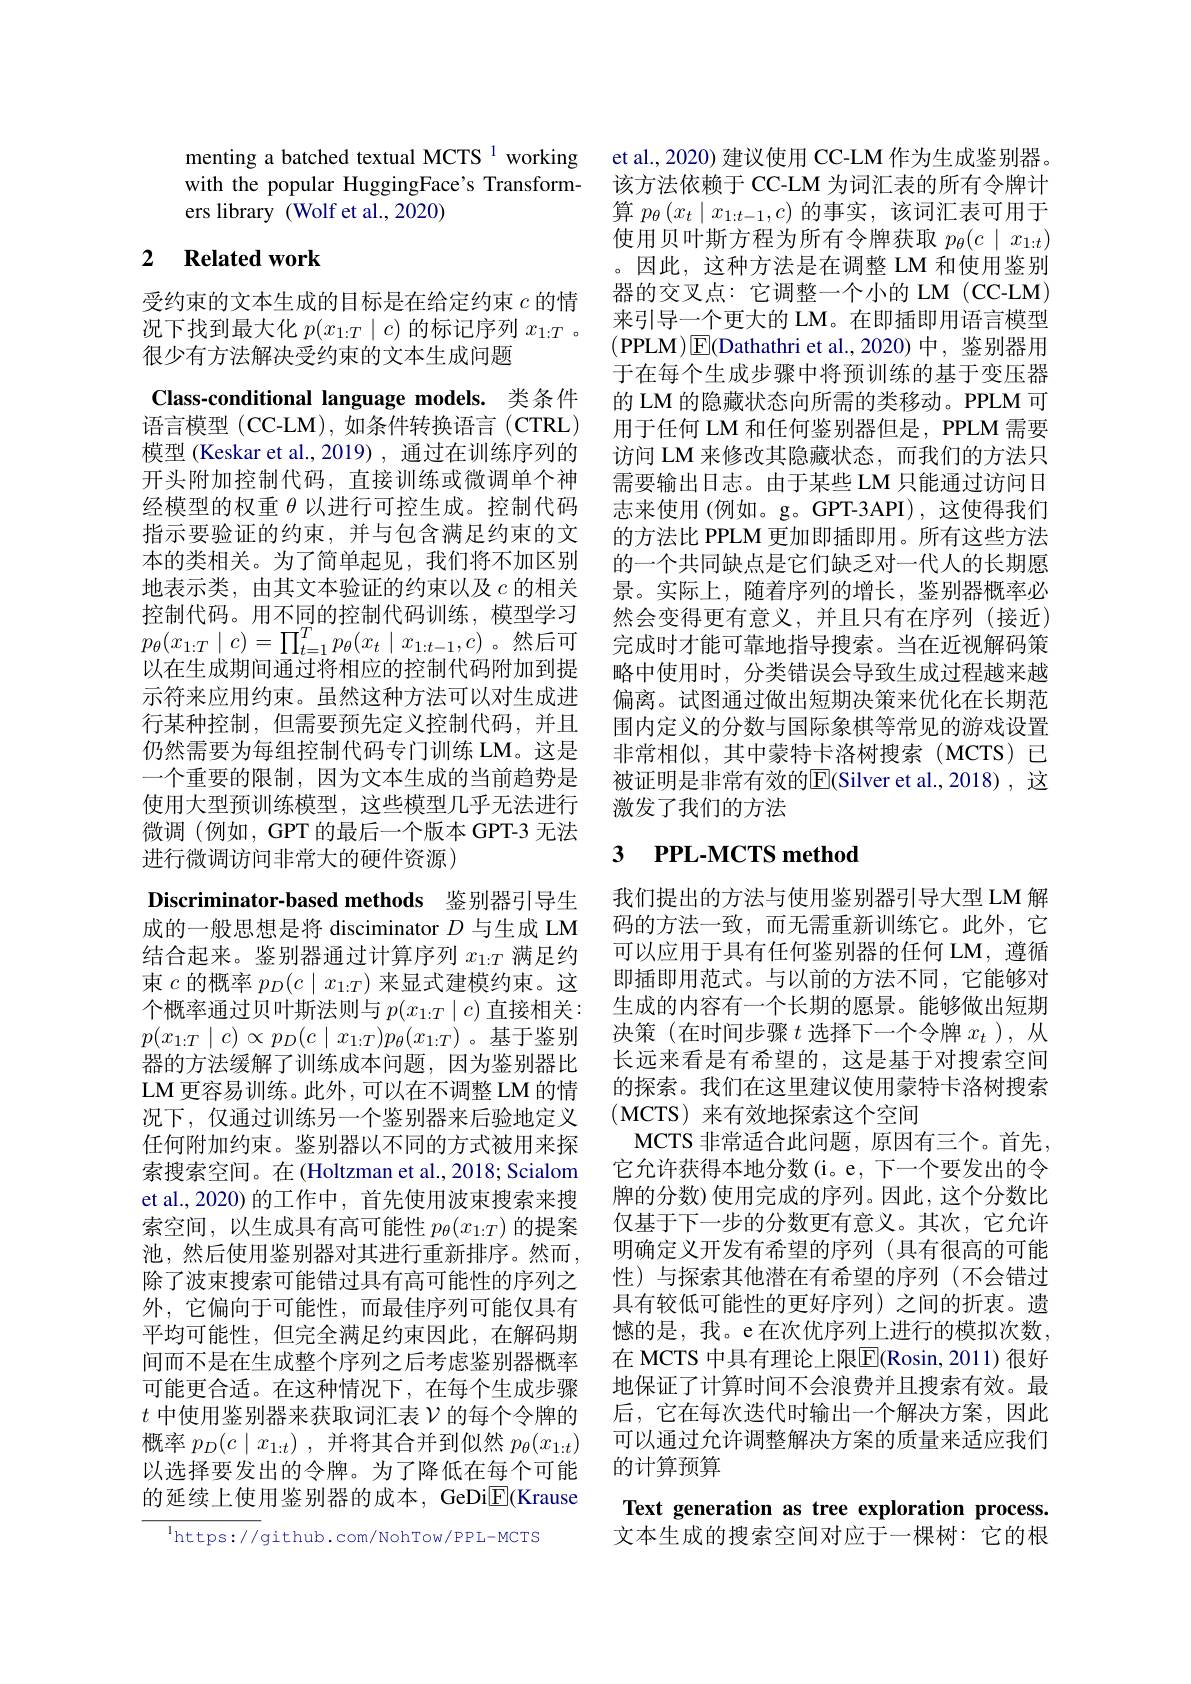
menting a batched textual MCTS 1 working with the popular HuggingFace's Transformers library (Wolf et al., 2020)

# 2 Related work

Discriminator-based methods 鉴别器引导生

受约束的文本生成的目标是在给定约束$c$的情况下找到最大化$p(x_1:T\mid c)$的标记序列$x_1:T$ 。很少有方法解决受约束的文本生成问题
Class-conditional language models. 类条件语言模型 (CC-LM), 如条件转换语言 (CTRL) 模型 (Keskar et al.,2019) ,通过在训练序列的开头附加控制代码，直接训练或微调单个神经模型的权重$\theta$以进行可控生成。控制代码指示要验证的约束，并与包含满足约束的文本的类相关。为了简单起见，我们将不加区别地表示类，由其文本验证的约束以及$c$ 的相关控制代码。用不同的控制代码训练，模型学习$p_{\theta}(x_{1:T}\mid c)=\prod_{t=1}^{T}p_{\theta}(x_{t}\mid x_{1:t-1},c)$。然后可以在生成期间通过将相应的控制代码附加到提示符来应用约束。虽然这种方法可以对生成进行某种控制，但需要预先定义控制代码，并且仍然需要为每组控制代码专门训练 LM。这是一个重要的限制，因为文本生成的当前趋势是使用大型预训练模型，这些模型几乎无法进行微调(例如，GPT 的最后一个版本 GPT-3 无法进行微调访问非常大的硬件资源)
成的一般思想是将 disciminator $D$与生成 LM 结合起来。鉴别器通过计算序列$x_{1:T}$满足约束$c$的概率$p_D(c\mid x_{1:T})$来显式建模约束。这个概率通过贝叶斯法则与$p(x_{1:T}\mid c)$直接相关： $p(x_{1:T}\mid c)\propto p_D(c\mid x_{1:T})p_\theta(x_{1:T})$。基于鉴别器的方法缓解了训练成本问题，因为鉴别器比LM 更容易训练。此外，可以在不调整 LM 的情况下，仅通过训练另一个鉴别器来后验地定义任何附加约束。鉴别器以不同的方式被用来探索搜索空间。在(Holtzman et al., 2018; Scialom et al.,2020) 的工作中，首先使用波束搜索来搜索空间，以生成具有高可能性$p_\theta(x_{1:T})$的提案池，然后使用鉴别器对其进行重新排序。然而， 除了波束搜索可能错过具有高可能性的序列之外，它偏向于可能性，而最佳序列可能仅具有平均可能性，但完全满足约束因此，在解码期间而不是在生成整个序列之后考虑鉴别器概率可能更合适。在这种情况下，在每个生成步骤$t$ 中使用鉴别器来获取词汇表$\nu$的每个令牌的概率$p_D(c\mid x_{1:t})$,并将其合并到似然$p_\theta(x_{1:t})$ 以选择要发出的令牌。为了降低在每个可能的延续上使用鉴别器的成本，GeDi$\boxed{\mathrm{F}}($Krause
$^{\mathrm{l}}$https://github.com/NohTow/PPL-MCTS

et al., 2020) 建议使用 CC-LM 作为生成鉴别器。该方法依赖于 CC-LM 为词汇表的所有令牌计算 $p_\theta\left(x_t\mid x_{1:t-1},c\right)$的事实，该词汇表可用于使用贝叶斯方程为所有令牌获取$p_\theta(c\mid x_{1:t})$ 。因此，这种方法是在调整 LM 和使用鉴别器的交叉点：它调整一个小的 LM (CC-LM) 来引导一个更大的 LM。在即插即用语言模型(PPLM$)\boxed{\mathrm{E}}($Dathathri et al.,2020)中，鉴别器用于在每个生成步骤中将预训练的基于变压器的 LM 的隐藏状态向所需的类移动。PPLM 可用于任何 LM 和任何鉴别器但是，PPLM 需要访问 LM 来修改其隐藏状态，而我们的方法只需要输出日志。由于某些 LM 只能通过访问日志来使用 (例如。g。GPT-3API),这使得我们的方法比 PPLM 更加即插即用。所有这些方法的一个共同缺点是它们缺乏对一代人的长期愿景。实际上，随着序列的增长，鉴别器概率必然会变得更有意义，并且只有在序列(接近) 完成时才能可靠地指导搜索。当在近视解码策略中使用时，分类错误会导致生成过程越来越偏离。试图通过做出短期决策来优化在长期范围内定义的分数与国际象棋等常见的游戏设置非常相似，其中蒙特卡洛树搜索(MCTS)已被证明是非常有效的$\overline{\mathrm{E}}($Silver et al.,2018),这激发了我们的方法

# 3 PPL-MCTS method

我们提出的方法与使用鉴别器引导大型 LM 解码的方法一致，而无需重新训练它。此外，它可以应用于具有任何鉴别器的任何 LM,遵循即插即用范式。与以前的方法不同，它能够对生成的内容有一个长期的愿景。能够做出短期决策(在时间步骤$t$选择下一个令牌$x_t$ ),从长远来看是有希望的，这是基于对搜索空间的探索。我们在这里建议使用蒙特卡洛树搜索(MCTS)来有效地探索这个空间
MCTS 非常适合此问题，原因有三个。首先它允许获得本地分数(i。e, 下一个要发出的令牌的分数) 使用完成的序列。因此，这个分数比仅基于下一步的分数更有意义。其次，它允许明确定义开发有希望的序列(具有很高的可能性)与探索其他潜在有希望的序列(不会错过具有较低可能性的更好序列)之间的折衷。遗憾的是，我。e在次优序列上进行的模拟次数， 在 MCTS 中具有理论上限$\boxed{\mathrm{F}}($Rosin,2011)很好地保证了计算时间不会浪费并且搜索有效。最后，它在每次迭代时输出一个解决方案，因此可以通过允许调整解决方案的质量来适应我们的计算预算
Text generation as tree exploration process.

文本生成的搜索空间对应于一棵树：它的根